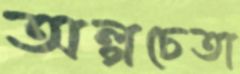
অল্পচেতা